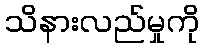
သိနားလည်မှုကို